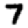
Digit: 7